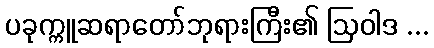
ပခုက္ကူဆရာတော်ဘုရားကြီး၏ ဩဝါဒ ...